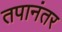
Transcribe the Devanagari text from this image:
तपानंतर